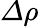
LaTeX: \varDelta\rho